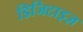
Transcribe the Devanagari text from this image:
डिजिटाइज़